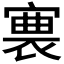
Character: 𡪊